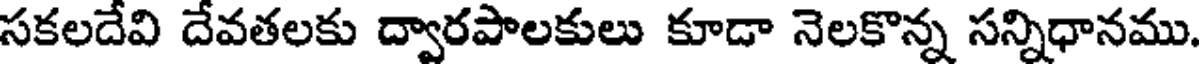
సకలదేవి దేవతలకు ద్వారపాలకులు కూడా నెలకొన్న సన్నిధానము.